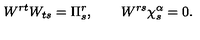
W ^ { r t } W _ { t s } = \Pi _ { s } ^ { r } , \qquad W ^ { r s } \chi _ { s } ^ { \alpha } = 0 .